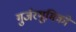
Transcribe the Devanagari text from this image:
गुर्जरभूमिको